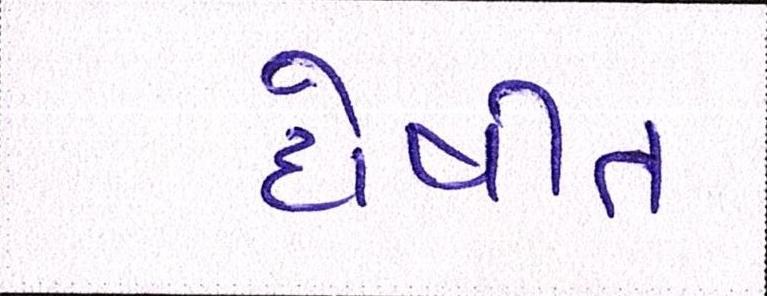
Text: દોષીત